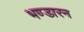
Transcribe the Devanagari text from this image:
भण्डारन